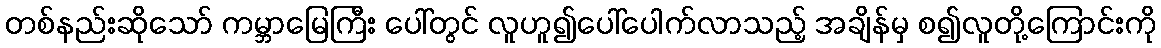
တစ်နည်းဆိုသော် ကမ္ဘာမြေကြီး ပေါ်တွင် လူဟူ၍ပေါ်ပေါက်လာသည့် အချိန်မှ စ၍လူတို့ကြောင်းကို